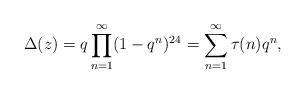
LaTeX: \begin{align*}\Delta(z) = q\prod_{n=1}^\infty (1-q^n)^{24} = \sum_{n=1}^\infty \tau(n) q^n,\end{align*}